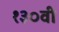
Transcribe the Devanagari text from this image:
१३०वी